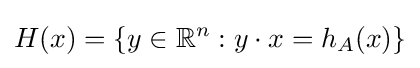
H(x)=\{y\in \mathbb {R} ^{n}:y\cdot x=h_{A}(x)\}